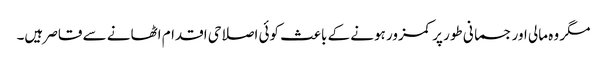
مگر وہ مالی اور جسمانی طور پر کمزور ہونے کے باعث کوئی اصلاحی اقدام اٹھانے سے قاصر ہیں۔